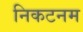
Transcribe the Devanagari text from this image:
निकटनम